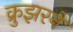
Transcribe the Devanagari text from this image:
क्रुझरने